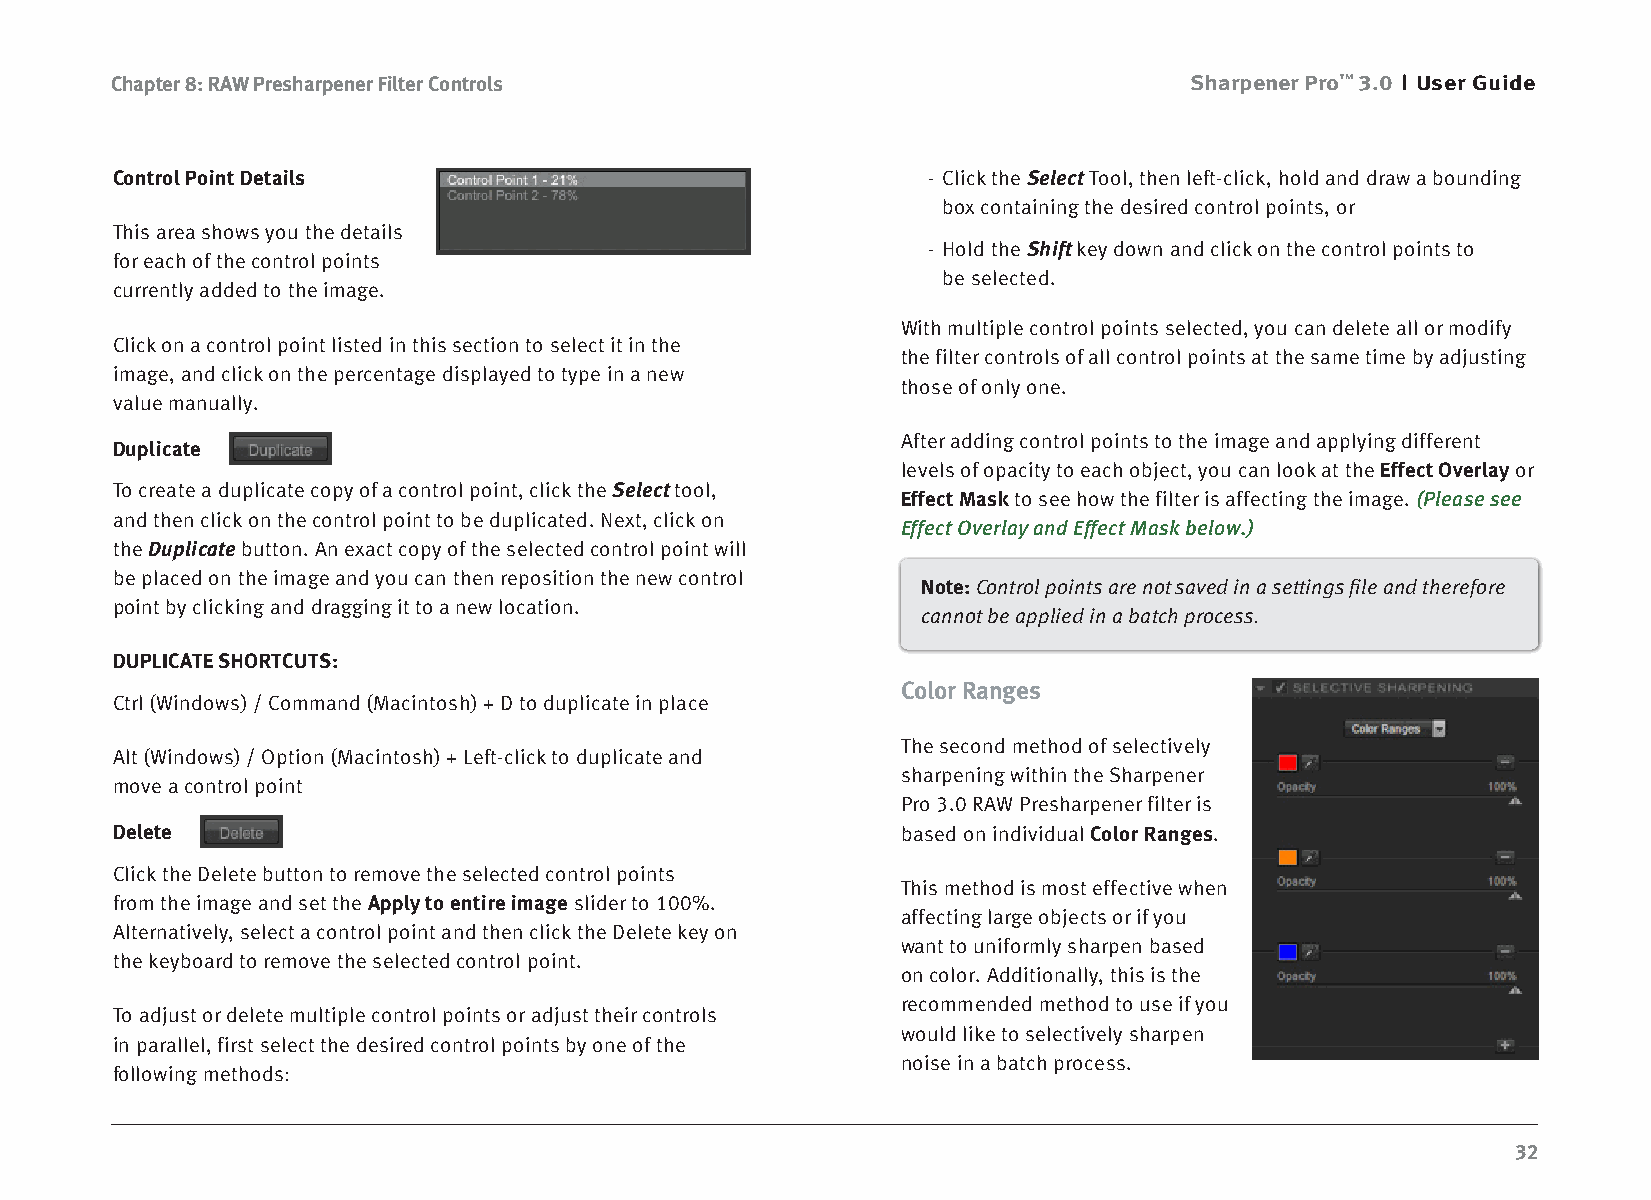
Chapter 8: RAW Presharpener Filter Controls                             Sharpener Pro™ 3.0 User Guide
 Control Point Details                                 - Click the Select Tool, then left-click, hold and draw a bounding
 box containing the desired control points, or
 This area shows you the details
 - Hold the Shift key down and click on the control points to
 for each of the control points
 be selected.
 currently added to the image.
 With multiple control points selected, you can delete all or modify
 Click on a control point listed in this section to select it in the
 the filter controls of all control points at the same time by adjusting
 image, and click on the percentage displayed to type in a new
 those of only one.
 value manually.
 After adding control points to the image and applying different
 Duplicate
 levels of opacity to each object, you can look at the Effect Overlay or
 To create a duplicate copy of a control point, click the Select tool,
 Effect Mask to see how the filter is affecting the image. (Please see
 and then click on the control point to be duplicated. Next, click on
 Effect Overlay and Effect Mask below.)
 the Duplicate button. An exact copy of the selected control point will
 be placed on the image and you can then reposition the new control
 Note: Control points are not saved in a settings file and therefore
 point by clicking and dragging it to a new location.
 cannot be applied in a batch process.
 DUPLICATE SHORTCUTS:
 Color Ranges
 Ctrl (Windows) / Command (Macintosh) + D to duplicate in place
 The second method of selectively
 Alt (Windows) / Option (Macintosh) + Left-click to duplicate and
 sharpening within the Sharpener
 move a control point
 Pro 3.0 RAW Presharpener filter is
 Delete                                               based on individual Color Ranges.
 Click the Delete button to remove the selected control points
 This method is most effective when
 from the image and set the Apply to entire image slider to 100%.
 affecting large objects or if you
 Alternatively, select a control point and then click the Delete key on
 want to uniformly sharpen based
 the keyboard to remove the selected control point.
 on color. Additionally, this is the
 recommended method to use if you
 To adjust or delete multiple control points or adjust their controls
 would like to selectively sharpen
 in parallel, first select the desired control points by one of the
 noise in a batch process.
 following methods:
 32